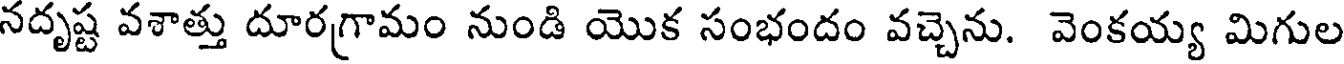
నదృష్ట వశాత్తు దూరగ్రామం నుండి యొక సంభందం వచ్చెను. వెంకయ్య మిగుల